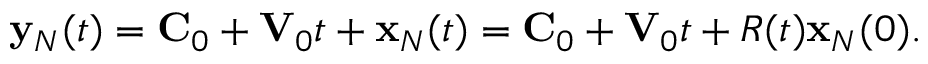
\begin{array} { r } { { \bf y } _ { N } ( t ) = { \bf C } _ { 0 } + { \bf V } _ { 0 } t + { \bf x } _ { N } ( t ) = { \bf C } _ { 0 } + { \bf V } _ { 0 } t + R ( t ) { \bf x } _ { N } ( 0 ) . } \end{array}